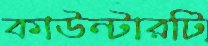
কাউন্টারটি